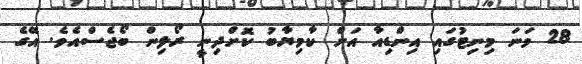
28 ވަނަ މިނިޓުގައި އިންޑިއާ އަށް ކާމިޔާބު ކޮށްދިނީ ރޯލިން ބޯޖެސްއެވެ. އޭގެ